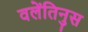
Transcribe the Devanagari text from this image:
वलेंतिनुस